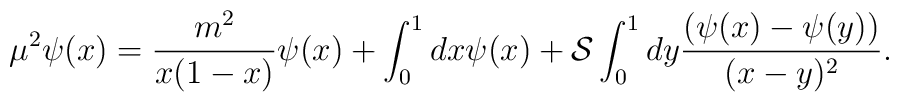
\mu^2\psi(x)=\frac{m^2}{x(1-x)}\psi(x)+\int_0^1 dx \psi(x)   + {\cal S}  \int_0^1 dy \frac{(\psi(x)-\psi(y))}{(x-y)^2}.